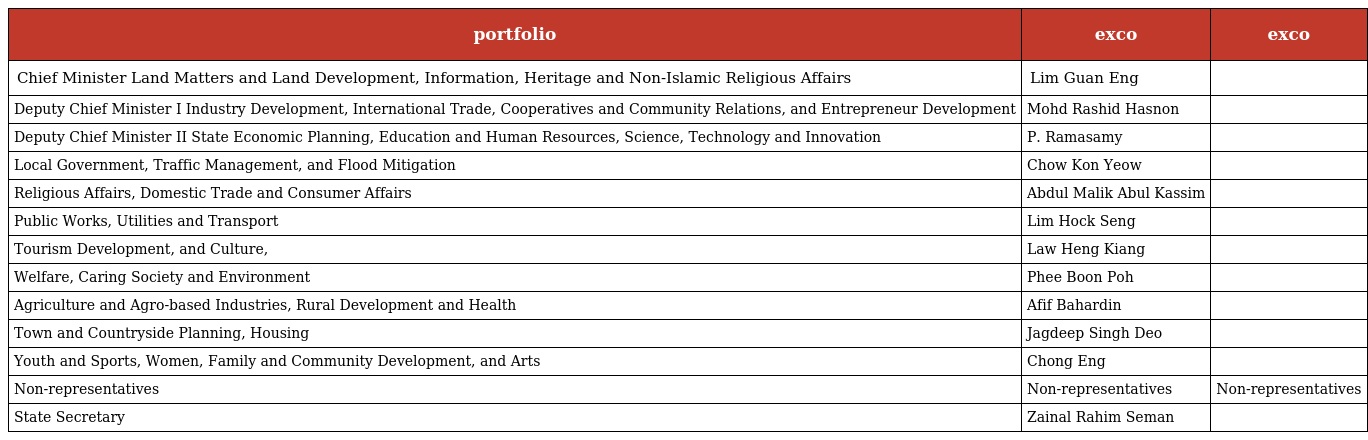
| portfolio | exco | exco |
 | --- | --- | --- |
 | Chief Minister Land Matters and Land Development, Information, Heritage and Non-Islamic Religious Affairs | Lim Guan Eng |  |
 | Deputy Chief Minister I Industry Development, International Trade, Cooperatives and Community Relations, and Entrepreneur Development | Mohd Rashid Hasnon |  |
 | Deputy Chief Minister II State Economic Planning, Education and Human Resources, Science, Technology and Innovation | P. Ramasamy |  |
 | Local Government, Traffic Management, and Flood Mitigation | Chow Kon Yeow |  |
 | Religious Affairs, Domestic Trade and Consumer Affairs | Abdul Malik Abul Kassim |  |
 | Public Works, Utilities and Transport | Lim Hock Seng |  |
 | Tourism Development, and Culture, | Law Heng Kiang |  |
 | Welfare, Caring Society and Environment | Phee Boon Poh |  |
 | Agriculture and Agro-based Industries, Rural Development and Health | Afif Bahardin |  |
 | Town and Countryside Planning, Housing | Jagdeep Singh Deo |  |
 | Youth and Sports, Women, Family and Community Development, and Arts | Chong Eng |  |
 | Non-representatives | Non-representatives | Non-representatives |
 | State Secretary | Zainal Rahim Seman |  |